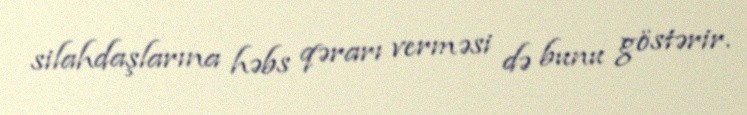
silahdaşlarına həbs qərarı verməsi də bunu göstərir.